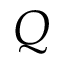
Q